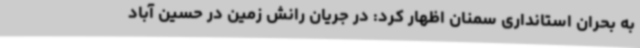
به بحران استانداری سمنان اظهار کرد: در جریان رانش زمین در حسین آباد